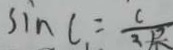
\sin C = \frac { C } { 3 \sqrt { 2 } }